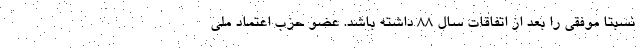
نسبتا موفقی را بعد از اتفاقات سال ۸۸ داشته باشد. عضو حزب اعتماد ملی